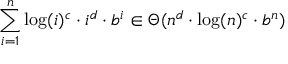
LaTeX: \sum _ { i = 1 } ^ { n } \log ( i ) ^ { c } \cdot i ^ { d } \cdot b ^ { i } \in \Theta ( n ^ { d } \cdot \log ( n ) ^ { c } \cdot b ^ { n } )